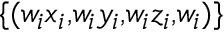
\scriptstyle \{ ( w _ { i } x _ { i } , w _ { i } y _ { i } , w _ { i } z _ { i } , w _ { i } ) \}